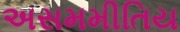
અસમમીતિય